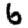
Digit: 6